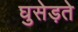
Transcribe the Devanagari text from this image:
घुसेड़ते